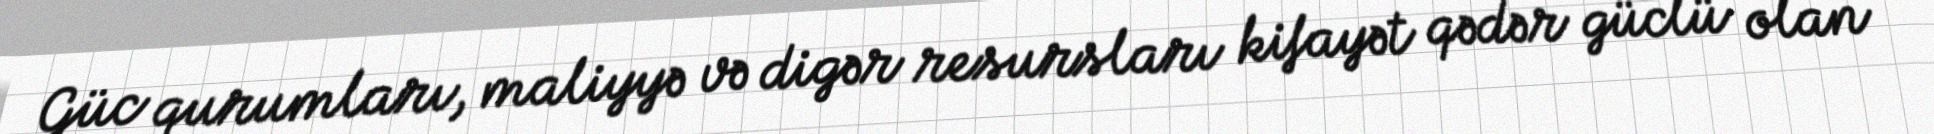
Güc qurumları, maliyyə və digər resursları kifayət qədər güclü olan